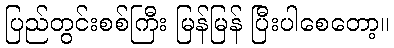
ပြည်တွင်းစစ်ကြီး မြန်မြန် ပြီးပါစေတော့။